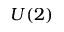
U ( 2 )